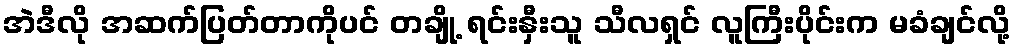
အဲဒီလို အဆက်ပြတ်တာကိုပင် တချို့ ရင်းနှီးသူ သီလရှင် လူကြီးပိုင်းက မခံချင်လို့